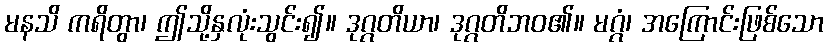
မနသိ ကရိတွာ၊ ဤသို့နှလုံးသွင်း၍။ ဒုဂ္ဂတိယာ၊ ဒုဂ္ဂတိဘဝ၏။ မဂ္ဂံ၊ အကြောင်းဖြစ်သော